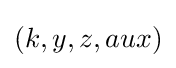
(k,y,z,aux)